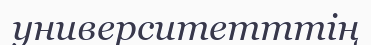
университетттің